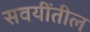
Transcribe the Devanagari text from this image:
सवयींतील